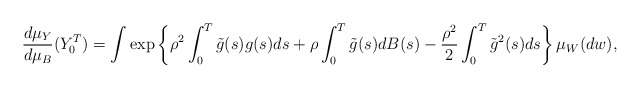
\begin{align*} \frac{d\mu_{Y}}{d\mu_B}(Y_0^T) = \int \exp\left\{\rho^2 \int_0^T \tilde g(s) g(s) ds+\rho \int_0^T \tilde g(s) dB(s)-\frac{\rho^2}{2}\int_0^T \tilde g^2(s)ds\right\} \mu_W(dw),\end{align*}